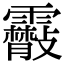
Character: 䨷